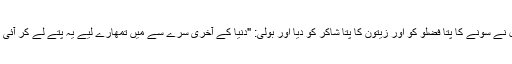
کوئل نے سونے کا پتا فضلو کو اور زیتون کا پتا شاکر کو دیا اور بولی: "دنیا کے آخری سرے سے میں تمھارے لیے یہ پتے لے کر آئی ہوں۔